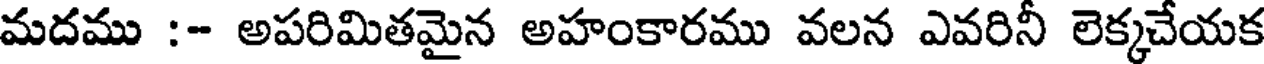
మదము :- అపరిమితమైన అహంకారము వలన ఎవరినీ లెక్కచేయక